Indian journal of veterinary science and animal husbandry - Volumes 24-25, 1954-1955
Year: 1954
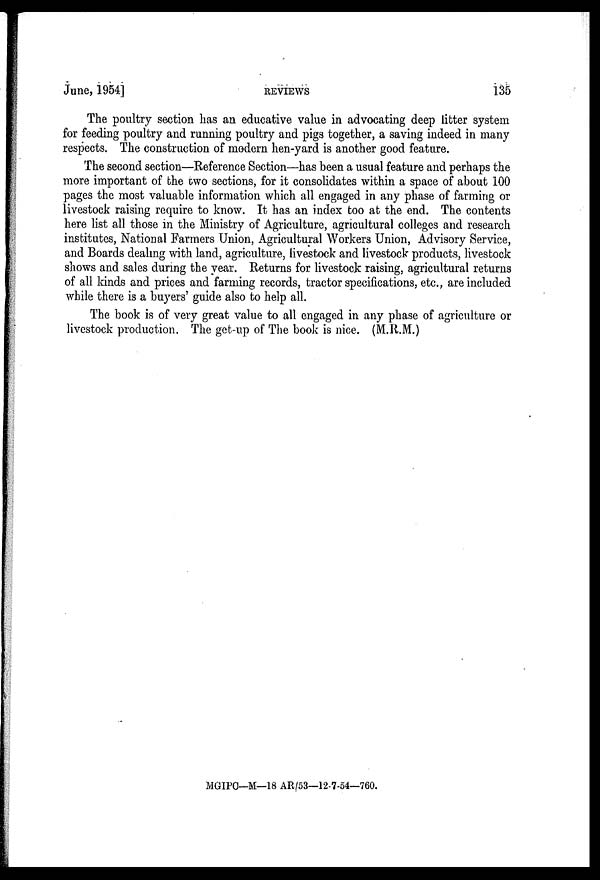
June, 1954]
REVIEWS
135
The poultry section has an educative value in advocating deep litter system
for feeding poultry and running poultry and pigs together, a saving indeed in many
respects. The construction of modern hen-yard is another good feature.
The second section—Reference Section—has been a usual feature and perhaps the
more important of the two sections, for it consolidates within a space of about 100
pages the most valuable information which all engaged in any phase of farming or
livestock raising require to know. It has an index too at the end. The contents
here list all those in the Ministry of Agriculture, agricultural colleges and research
institutes, National Farmers Union, Agricultural Workers Union, Advisory Service,
and Boards dealing with land, agriculture, livestock and livestock products, livestock
shows and sales during the year. Returns for livestock raising, agricultural returns
of all kinds and prices and farming records, tractor specifications, etc., are included
while there is a buyers' guide also to help all.
The book is of very great value to all engaged in any phase of agriculture or
livestock production. The get-up of The book is nice. (M.R.M.)
MGIPC—M—18 AR/53—12-7-54—760.